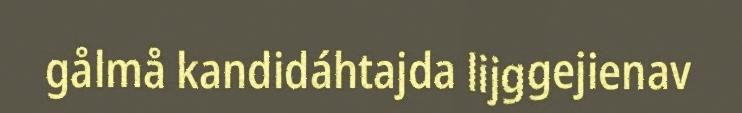
gålmå kandidáhtajda lijggejienav